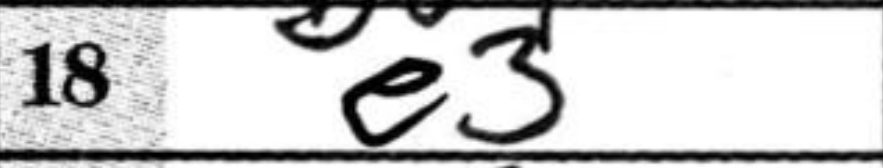
Transcription: e3